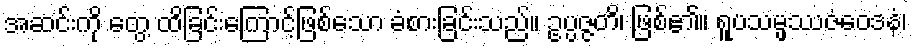
အဆင်းကို တွေ့ ထိခြင်းကြောင့်ဖြစ်သော ခံစားခြင်းသည်။ ဥပ္ပဇ္ဇတိ၊ ဖြစ်၏။ ရူပသမ္ဖဿဇံဝေဒနံ၊